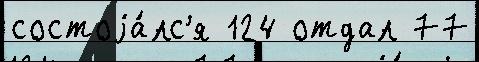
состоjа́лс'я 124 отдал 77